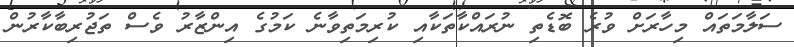
ސަލާމަތައް މިހާރަށް ވުރެ ބޮޑެތި ނުރައްކާތަކާއި ކުރިމަތިވާނެ ކަމުގެ އިންޒާރު ވެސް ތަޖުރިބާކާރުން